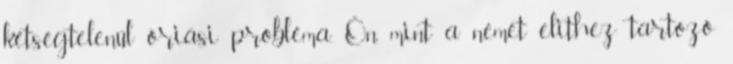
kétségtelenül óriási probléma. Ön, mint a német elithez tartozó